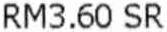
RM3.60 SR